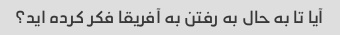
آیا تا به حال به رفتن به آفریقا فکر کرده اید؟